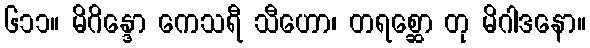
၆၁၁။ မိဂိန္ဒော ကေသရီ သီဟော၊ တရစ္ဆော တု မိဂါဒနော။